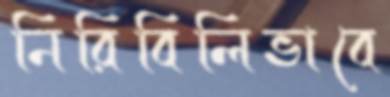
নিরিবিলিভাবে